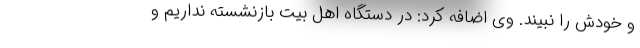
و خودش را نبیند. وی اضافه کرد: در دستگاه اهل بیت بازنشسته نداریم و